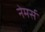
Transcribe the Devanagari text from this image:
नेमर्स